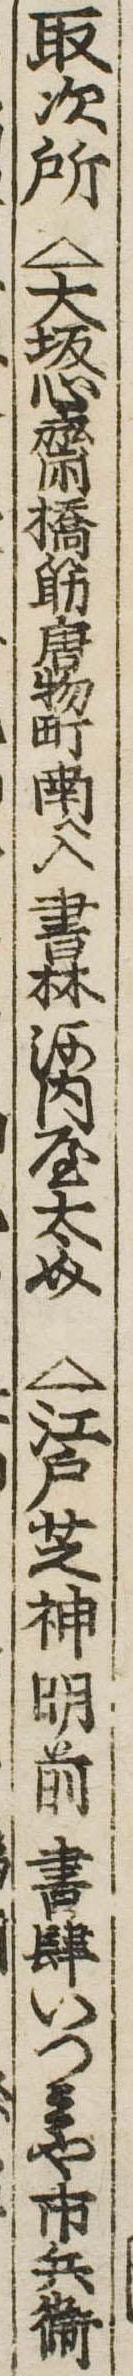
取次所△大坂心斎橋筋唐物町南へ入書林河内屋太介△江戸芝神明前書肆いつみや市兵衛